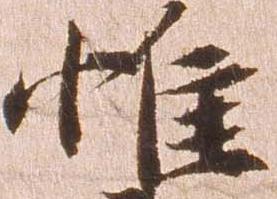
惟